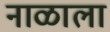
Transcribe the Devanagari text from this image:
नाळाला